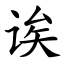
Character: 诶